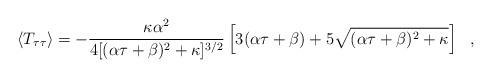
LaTeX: \begin{align*}\langle T_{\tau \tau} \rangle = -{\kappa \alpha^2 \over 4 [ (\alpha \tau+ \beta )^2 +\kappa ]^{3/2}} \left[ 3 (\alpha \tau + \beta ) + 5\sqrt{ ( \alpha \tau + \beta )^2 + \kappa} \right]\ \ ,\end{align*}